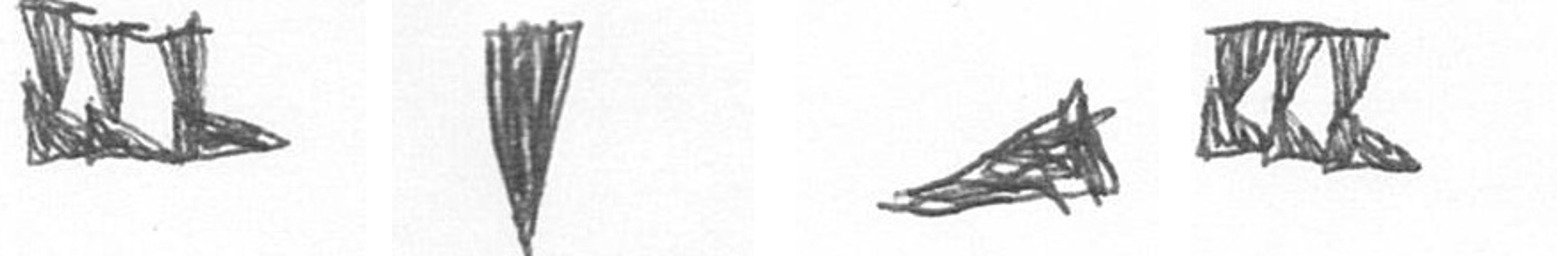
D J O D